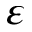
\varepsilon